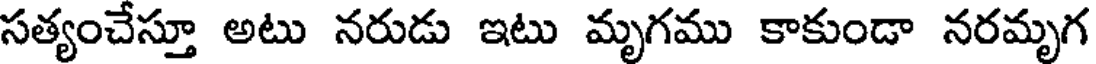
సత్యంచేస్తూ అటు నరుడు ఇటు మృగము కాకుండా నరమృగ